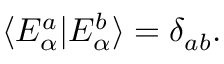
\begin{array} { r } { \langle E _ { \alpha } ^ { a } | E _ { \alpha } ^ { b } \rangle = \delta _ { a b } . } \end{array}